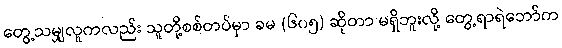
တွေ့သမျှလူကလည်း သူတို့စစ်တပ်မှာ ခမ (၆၀၅) ဆိုတာ မရှိဘူးလို့ တွေ့ရာရဲဘော်က